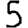
Digit: 5